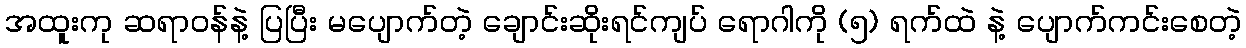
အထူးကု ဆရာဝန်နဲ့ ပြပြီး မပျောက်တဲ့ ချောင်းဆိုးရင်ကျပ် ရောဂါကို (၅) ရက်ထဲ နဲ့ ပျောက်ကင်းစေတဲ့